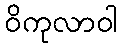
ဝိကုလာဝါ